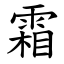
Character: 霜